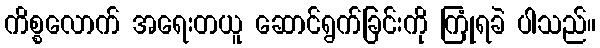
ကိစ္စလောက် အရေးတယူ ဆောင်ရွက်ခြင်းကို ကြုံရခဲ ပါသည်။